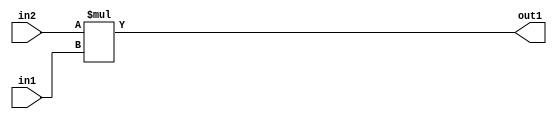
`timescale 1ps / 1ps
/*****************************************************************************
    Verilog RTL Description
    
    
    Created by: Stratus DpOpt 2019.1.01 
*******************************************************************************/

module ColorTransform_Mul_9Ux8U_17U_1 (
	in2,
	in1,
	out1
	); /* architecture "behavioural" */ 
input [8:0] in2;
input [7:0] in1;
output [16:0] out1;
wire [16:0] asc001;

assign asc001 = 
	+(in2 * in1);

assign out1 = asc001;
endmodule

/* CADENCE  ubD1SA8= : u9/ySgnWtBlWxVPRXgAZ4Og= ** DO NOT EDIT THIS LINE ******/